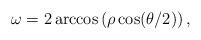
LaTeX: \begin{align*} \omega=2 \arccos \left( \rho \cos (\theta/2)\right),\end{align*}